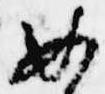
如